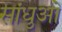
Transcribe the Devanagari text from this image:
सांधुओं